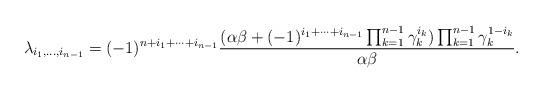
LaTeX: \begin{align*} \lambda_{i_1 ,\dots ,i_{n-1}} =(-1)^{n+i_1+\dots +i_{n-1}} \frac{(\alpha \beta +(-1)^{i_1+\dots +i_{n-1}} \prod_{k=1}^{n-1} \gamma_k^{i_k})\prod_{k=1}^{n-1} \gamma_k^{1-i_k}}{\alpha \beta} . \end{align*}